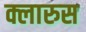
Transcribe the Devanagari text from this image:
क्लारुस